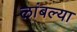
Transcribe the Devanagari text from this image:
लांबल्या